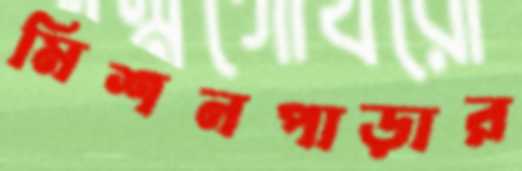
মিশনপাড়ার